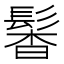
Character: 𩭰